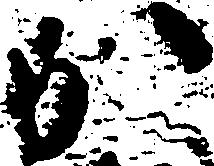
か